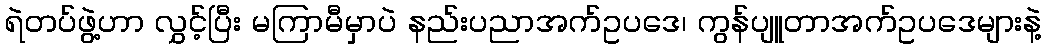
ရဲတပ်ဖွဲ့ဟာ လွှင့်ပြီး မကြာမီမှာပဲ နည်းပညာအက်ဥပဒေ၊ ကွန်ပျူတာအက်ဥပဒေများနဲ့